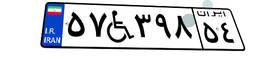
۲۴W۹۳۵۶۸